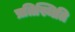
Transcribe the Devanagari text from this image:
प्रतिस्थिति